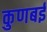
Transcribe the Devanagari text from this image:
कुणबई